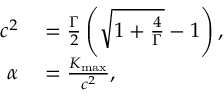
\begin{array} { r l } { c ^ { 2 } } & { { } = \frac { \Gamma } { 2 } \left( \sqrt { 1 + \frac { 4 } { \Gamma } } - 1 \right) , } \\ { \alpha } & { { } = \frac { K _ { \operatorname* { m a x } } } { c ^ { 2 } } , } \end{array}